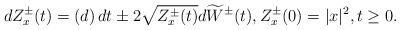
LaTeX: \begin{align*} dZ_x^{\pm}(t) = \left( d \right)dt \pm 2\sqrt{Z_x^{\pm}(t)}d\widetilde W^{\pm}(t),Z_x^{\pm}(0)=\vert x\vert^2,t\geq 0. \end{align*}